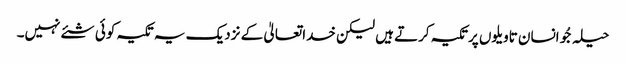
حیلہ جُو انسان تاویلوں پرتکیہ کرتے ہیں لیکن خداتعالیٰ کے نزدیک یہ تکیہ کوئی شئے نہیں۔